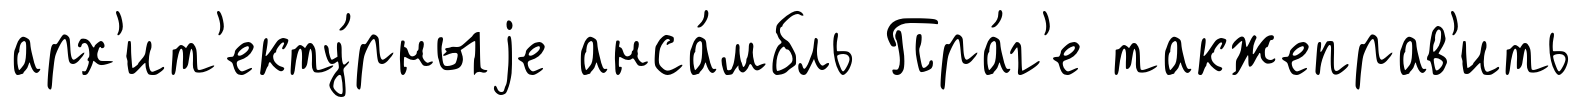
арх'ит'екту́рныjе анса́мбль Пра́г'е такжеправ'ить